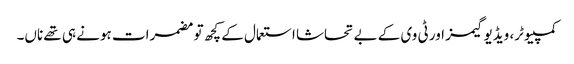
کمپیوٹر، ویڈیو گیمز اور ٹی وی کے بے تحاشا استعمال کے کچھ تو مضمرات ہونے ہی تھے ناں۔